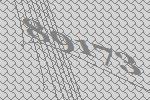
89173